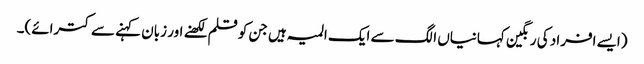
(ایسے افراد کی رنگین کہانیاں الگ سے ایک المیہ ہیں جن کو قلم لکھنے اور زبان کہنے سے کترائے)۔